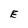
Character: E